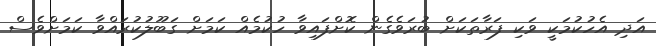
އަދި އެހުކުމަކީ ވަކި ފަރާތަކަށް ބުރަވެގެން ކޮށްފައިވާ ހުކުމެއް ކަމަށް ގަބޫލުކުރައްވާ ކަމަށްވެސް